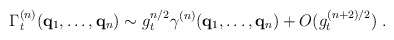
\begin{align*}\Gamma_t^{(n)} ( {\bf{q}}_1 , \ldots , {\bf{q}}_n ) \sim g_t^{n/2}\gamma^{(n)} ( {\bf{q}}_1 , \ldots , {\bf{q}}_n ) + O ( g_t^{ (n+2)/2} ) \; . \end{align*}